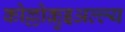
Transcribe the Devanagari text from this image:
कोल्लोक़ुइअल्ल्य